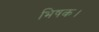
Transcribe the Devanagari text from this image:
भिषक।